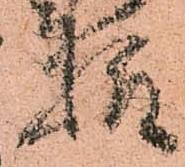
様